Annual report on the working of the Harcourt Butler Institute of Public Health, Rangoon
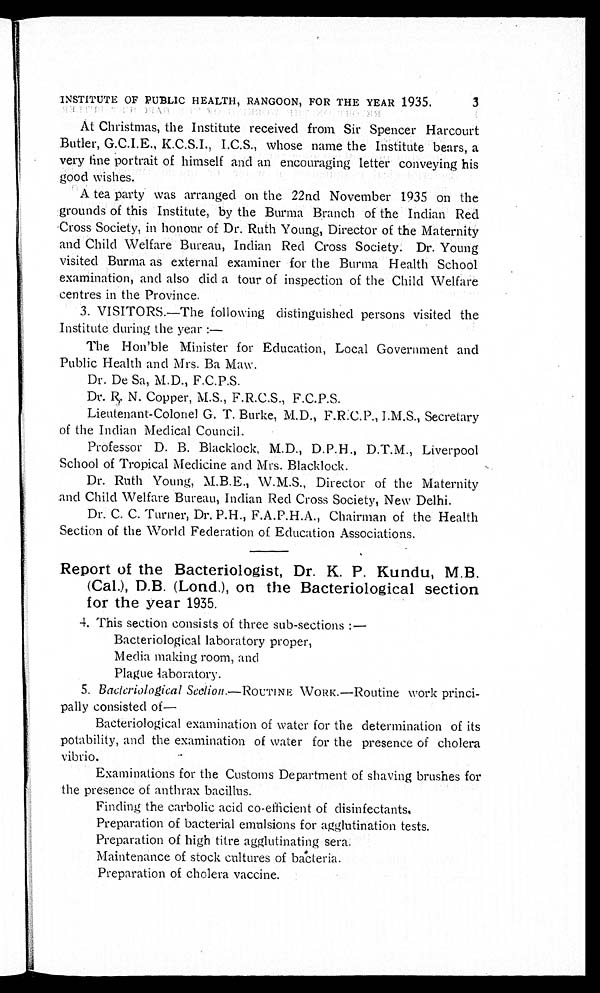
INSTITUTE OF PUBLIC HEALTH, RANGOON, FOR THE YEAR 1935.
At Christmas, the Institute received from Sir Spencer Harcourt
Butler, G.C.I.E., K.C.S.I., I.C.S., whose name the Institute bears, a
very fine portrait of himself and an encouraging letter conveying his
good wishes.
A tea party was arranged on the 22nd November 1935 on the
grounds of this Institute, by the Burma Branch of the Indian Red
Cr o s s S o c i e t y , i n h o n o u r o f Dr . Ru t h Yo u n g , Di r e c t o r o f t h e Ma t e r n i t y
and Child Welfare Bureau, Indian Red Cross Society. Dr. Young
visited Burma as external examiner for the Burma Health School
examination, and also did a tour of inspection of the Child Welfare
centres in the Province.
3. VISITORS.—The following distinguished persons visited the
Institute during the year :
—
The Hon'ble Minister for Education, Local Government and
Public Health and Mrs. Ba Maw.
Dr. De Sa, M.D., F.C.P.S.
Dr. R. N. Copper, M.S., F.R.C.S., F.C.P.S.
Lieutenant-Colonel G. T. Burke, M.D., F.R.C.P., I.M.S., Secretary
of the Indian Medical Council.
Professor D. B. Blacklock, M.D., D.P.H., D.T.M., Liverpool
School of Tropical Medicine and Mrs. Blacklock.
Dr. Ruth Young, M.B.E., W.M.S., Director of the Maternity
and Child Welfare Bureau, Indian Red Cross Society, New Delhi.
Dr. C. C. Turner, Dr. P.H., F.A.P.H.A., Chairman of the Health
Section of the World Federation of Education Associations.
Report of the Bacteriologist, Dr. K. P. Kundu, M.B.
(Cal.), D.B. (Lond.), on the Bacteriological section
for the year 1935.
4. This section consists of three sub-sections :
—
Bacteriological laboratory proper,
Media making room, and
Plague laboratory.
5. Bacteriological Section.—ROUTINE WORK.—Routine work princi
-pally consisted of—
Bacteriological examination of water for the determination of its
potability, and the examination of water for the presence of cholera
vibrio.
Examinations for the Customs Department of shaving brushes for
the presence of anthrax bacillus.
Finding the carbolic acid co-efficient of disinfectants.
Preparation of bacterial emulsions for agglutination tests.
Preparation of high titre agglutinating sera.
Maintenance of stock cultures of bacteria.
Preparation of cholera vaccine.
3